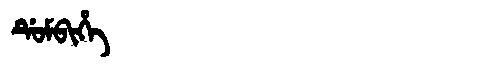
Manchu: ᡩᡠᠮᠪᡳᡥᡝ
Romanization: DUMBIHE